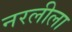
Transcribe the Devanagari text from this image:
नरलीला